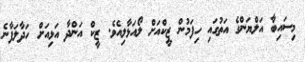
މިސައިބާ އަލްޔަންގެ އަތުގައި ހިފަމުން ޒީކްއަށް ލޯއަޅާލިއެވެ. ޒީކް އަންދާ އަޅިއަށް ހަދާލަފާނެ